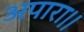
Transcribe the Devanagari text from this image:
अपारा।।